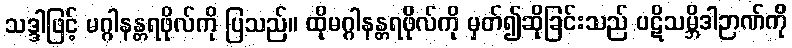
သဒ္ဒါဖြင့် မဂ္ဂါနန္တရဖိုလ်ကို ပြသည်။ ထိုမဂ္ဂါနန္တရဖိုလ်ကို မှတ်၍ဆိုခြင်းသည် ပဋိသမ္ဘိဒါဉာဏ်ကို